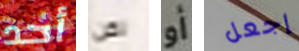
أحد لكن أو إجعل